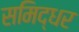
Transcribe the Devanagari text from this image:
समिद्धर